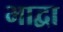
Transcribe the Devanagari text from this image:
भाद्वा